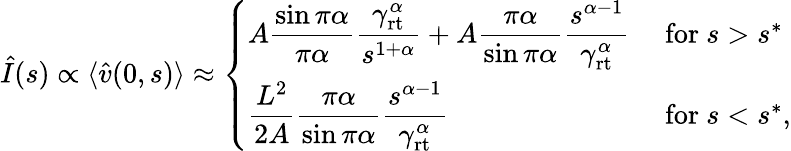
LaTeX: \begin{array}{r}{\hat{I}(s)\propto\langle\hat{v}(0,s)\rangle\approx\left\{ \begin{array}{ll}{\displaystyle A\frac{\sin\pi\alpha}{\pi\alpha}\frac{\gamma_{\mathrm{rt}}^{\alpha}}{s^{1+\alpha}}+A\frac{\pi\alpha}{\sin\pi\alpha}\frac{s^{\alpha-1}}{\gamma_{\mathrm{rt}}^{\alpha}}}&{\mathrm{~for~}s>s^{*}}\\ {\displaystyle\frac{L^{2}}{2A}\frac{\pi\alpha}{\sin\pi\alpha}\frac{s^{\alpha-1}}{\gamma_{\mathrm{rt}}^{\alpha}}}&{\mathrm{~for~}s<s^{*},}\end{array}\right.}\end{array}